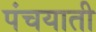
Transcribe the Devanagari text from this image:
पंचयाती